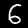
Digit: 6